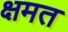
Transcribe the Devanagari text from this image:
क्षमत